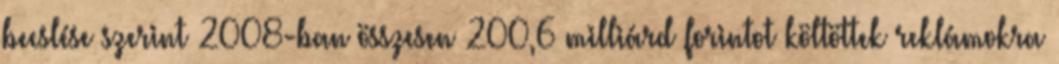
becslése szerint 2008-ban összesen 200,6 milliárd forintot költöttek reklámokra